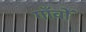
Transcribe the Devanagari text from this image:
गाँवोँ